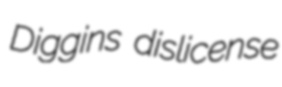
Diggins dislicense